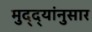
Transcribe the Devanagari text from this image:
मुद्‌द्‌यांनुसार